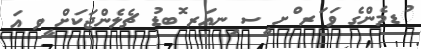
ުޑމެންގެ ވަ ަރ ްށ ީސ ިނއަރ ޮބޑު ޗެލެންޖަކަށް ީވ އަ